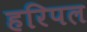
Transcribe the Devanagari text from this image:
हरिपल